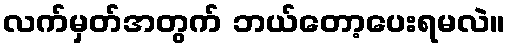
လက်မှတ်အတွက် ဘယ်တော့ပေးရမလဲ။